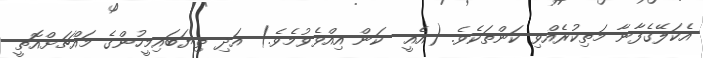
އެކަލޭގެފާނާ މަތިކުރެއްވި ކަންތަކެވެ. (އެއީ  ކަން އިއްވެވުމެވެ.) އަދި ތިޔަބައިމީހުންގެ މައްޗަށްއޮތީ